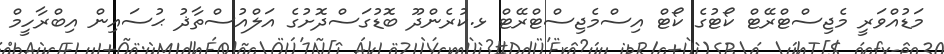
މަޑުއްވަރީ މެޖިސްޓްރޭޓް ކޯޓުގެ ކޯޓް އިސްމެޖިސްޓްރޭޓް ޅ.ކުރެންދޫ ބޮޑުގަސްދޮށުގެ އަލްއުސްތާޛު ޙުސައިން އިބްރާހީމް